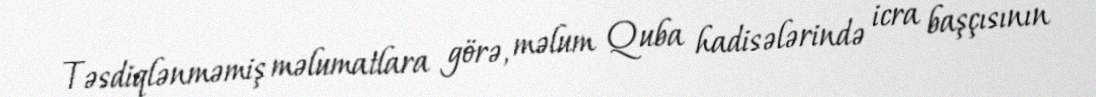
Təsdiqlənməmiş məlumatlara görə, məlum Quba hadisələrində icra başçısının